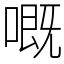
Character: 嘅